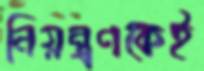
নিয়ন্ত্রণকেই